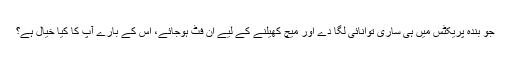
جو بندہ پریکٹس میں ہی ساری توانائی لگا دے اور میچ کھیلنے کے لیے ان فٹ ہوجائے، اس کے بارے آپ کا کیا خیال ہے؟